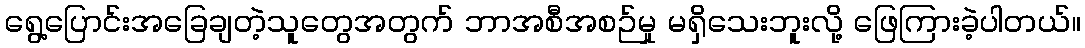
ရွေ့ပြောင်းအခြေချတဲ့သူတွေအတွက် ဘာအစီအစဉ်မှု မရှိသေးဘူးလို့ ဖြေကြားခဲ့ပါတယ်။